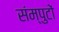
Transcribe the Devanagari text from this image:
संम्पुटों